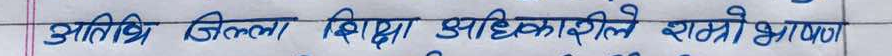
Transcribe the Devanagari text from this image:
आतिशि जिल्ला शिक्षा अधिकारीले छात्र भाषण